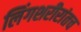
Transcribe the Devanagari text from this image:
लिंगशरीरांतच